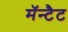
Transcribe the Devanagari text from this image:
मॅन्टैट